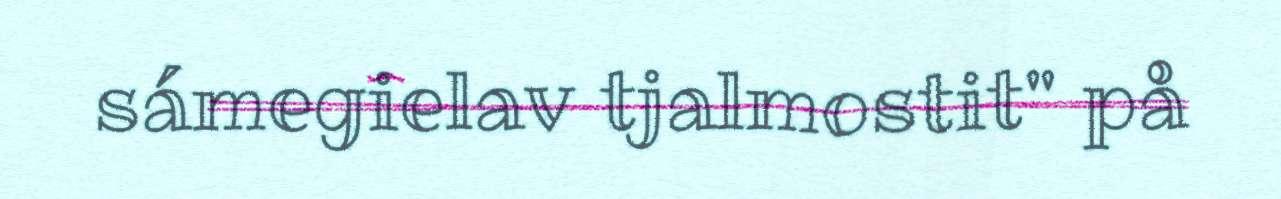
sámegielav tjalmostit" på